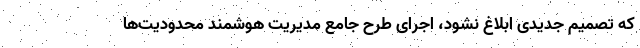
که تصمیم جدیدی ابلاغ نشود، اجرای طرح جامع مدیریت هوشمند محدودیت‌ها